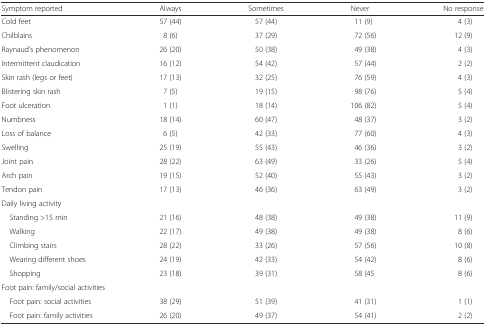
<table><thead><tr><td><b>Symptom reported</b></td><td><b>Always</b></td><td><b>Sometimes</b></td><td><b>Never</b></td><td><b>No response</b></td></tr></thead><tbody><tr><td>Cold feet</td><td>57 (44)</td><td>57 (44)</td><td>11 (9)</td><td>4 (3)</td></tr><tr><td>Chilblains</td><td>8 (6)</td><td>37 (29)</td><td>72 (56)</td><td>12 (9)</td></tr><tr><td>Raynaud’s phenomenon</td><td>26 (20)</td><td>50 (38)</td><td>49 (38)</td><td>4 (3)</td></tr><tr><td>Intermittent claudication</td><td>16 (12)</td><td>54 (42)</td><td>57 (44)</td><td>2 (2)</td></tr><tr><td>Skin rash (legs or feet)</td><td>17 (13)</td><td>32 (25)</td><td>76 (59)</td><td>4 (3)</td></tr><tr><td>Blistering skin rash</td><td>7 (5)</td><td>19 (15)</td><td>98 (76)</td><td>5 (4)</td></tr><tr><td>Foot ulceration</td><td>1 (1)</td><td>18 (14)</td><td>106 (82)</td><td>5 (4)</td></tr><tr><td>Numbness</td><td>18 (14)</td><td>60 (47)</td><td>48 (37)</td><td>3 (2)</td></tr><tr><td>Loss of balance</td><td>6 (5)</td><td>42 (33)</td><td>77 (60)</td><td>4 (3)</td></tr><tr><td>Swelling</td><td>25 (19)</td><td>55 (43)</td><td>46 (36)</td><td>3 (2)</td></tr><tr><td>Joint pain</td><td>28 (22)</td><td>63 (49)</td><td>33 (26)</td><td>5 (4)</td></tr><tr><td>Arch pain</td><td>19 (15)</td><td>52 (40)</td><td>55 (43)</td><td>3 (2)</td></tr><tr><td>Tendon pain</td><td>17 (13)</td><td>46 (36)</td><td>63 (49)</td><td>3 (2)</td></tr><tr><td colspan="5">Daily living activity</td></tr><tr><td> Standing &gt;15 min</td><td>21 (16)</td><td>48 (38)</td><td>49 (38)</td><td>11 (9)</td></tr><tr><td> Walking</td><td>22 (17)</td><td>49 (38)</td><td>49 (38)</td><td>8 (6)</td></tr><tr><td> Climbing stairs</td><td>28 (22)</td><td>33 (26)</td><td>57 (56)</td><td>10 (8)</td></tr><tr><td> Wearing different shoes</td><td>24 (19)</td><td>42 (33)</td><td>54 (42)</td><td>8 (6)</td></tr><tr><td> Shopping</td><td>23 (18)</td><td>39 (31)</td><td>58 (45</td><td>8 (6)</td></tr><tr><td colspan="5">Foot pain: family/social activities</td></tr><tr><td> Foot pain: social activities</td><td>38 (29)</td><td>51 (39)</td><td>41 (31)</td><td>1 (1)</td></tr><tr><td> Foot pain: family activities</td><td>26 (20)</td><td>49 (37)</td><td>54 (41)</td><td>2 (2)</td></tr></tbody></table>